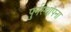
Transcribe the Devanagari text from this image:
पुर्नस्‍थापना